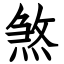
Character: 煞